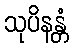
သုပိနန္တံ